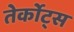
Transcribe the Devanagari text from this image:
तेर्कोट्स